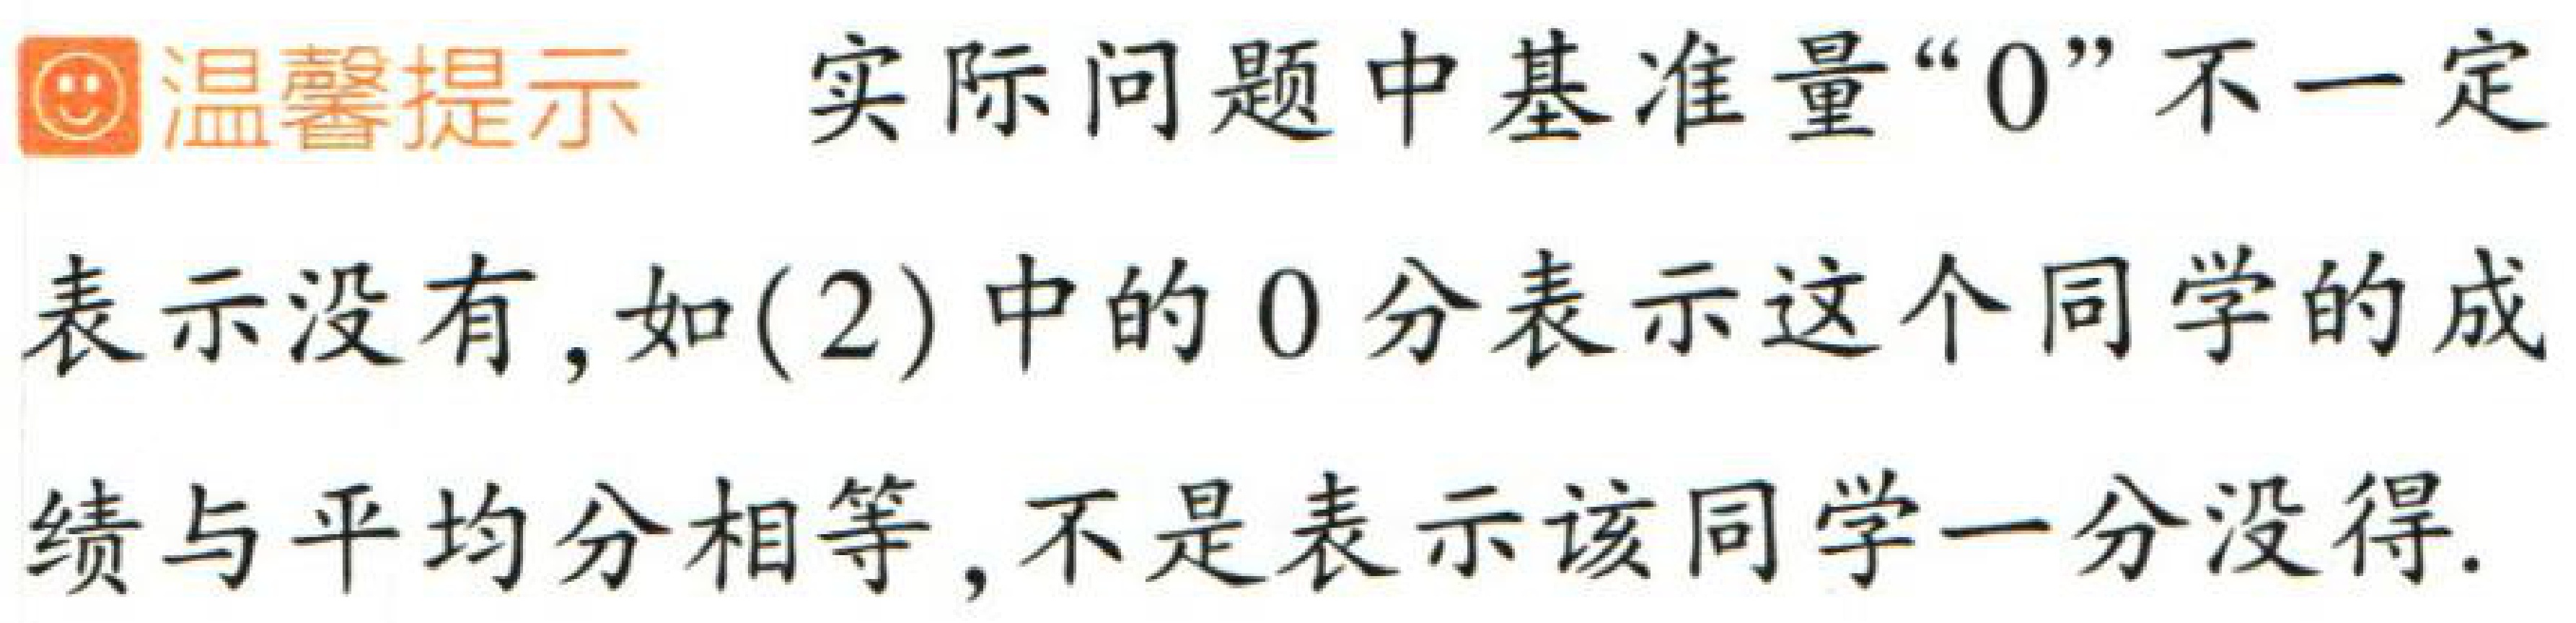
温馨提示 实际问题中基准量“0”不一定表示没有，如(2)中的0分表示这个同学的成绩与平均分相等，不是表示该同学一分没得.